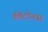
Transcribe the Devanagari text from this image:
कीटोनस